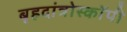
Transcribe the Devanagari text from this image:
बृहदांत्रोस्कॉपी